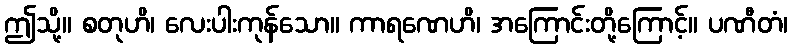
ဤသို့။ စတုဟိ၊ လေးပါးကုန်သော။ ကာရဏေဟိ၊ အကြောင်းတို့ကြောင့်။ ပဏီတံ၊